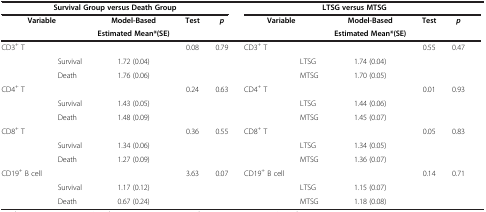
| <COLSPAN=5> Survival Group versus Death Group | <COLSPAN=5> LTSG versus MTSG |
 | <COLSPAN=2> Variable | Model-Based | Test | p | <COLSPAN=2> Variable | Model-Based | Test | p |
 |  |  | Estimated Mean*(SE) |  |  |  |  | Estimated Mean*(SE) |  |  |
 | --- | --- | --- | --- | --- | --- | --- | --- | --- | --- |
 | CD3+ T |  |  | 0.08 | 0.79 | CD3+ T |  |  | 0.55 | 0.47 |
 |  | Survival | 1.72 (0.04) |  |  |  | LTSG | 1.74 (0.04) |  |  |
 |  | Death | 1.76 (0.06) |  |  |  | MTSG | 1.70 (0.05) |  |  |
 | CD4+ T |  |  | 0.24 | 0.63 | CD4+ T |  |  | 0.01 | 0.93 |
 |  | Survival | 1.43 (0.05) |  |  |  | LTSG | 1.44 (0.06) |  |  |
 |  | Death | 1.48 (0.09) |  |  |  | MTSG | 1.45 (0.07) |  |  |
 | CD8+ T |  |  | 0.36 | 0.55 | CD8+ T |  |  | 0.05 | 0.83 |
 |  | Survival | 1.34 (0.06) |  |  |  | LTSG | 1.34 (0.05) |  |  |
 |  | Death | 1.27 (0.09) |  |  |  | MTSG | 1.36 (0.07) |  |  |
 | CD19+ B cell |  |  | 3.63 | 0.07 | CD19+ B cell |  |  | 0.14 | 0.71 |
 |  | Survival | 1.17 (0.12) |  |  |  | LTSG | 1.15 (0.07) |  |  |
 |  | Death | 0.67 (0.24) |  |  |  | MTSG | 1.18 (0.08) |  |  |